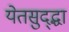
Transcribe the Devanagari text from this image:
येतसुद्द्धा